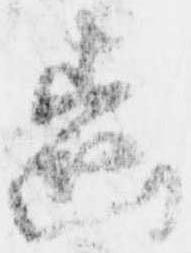
歯